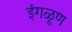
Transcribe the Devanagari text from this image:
इंगळूण